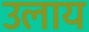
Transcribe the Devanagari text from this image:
उलाय